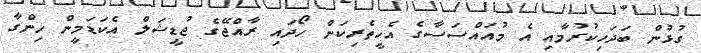
ގުޅުން ބަދަހިކުރުމާއި އެ މުއައްސަސާގެ އެހީތެރިކަން ހޯދައި ރާއްޖޭގެ ޖުޑީޝަލް އެކަޑަމީން ހިންގާ